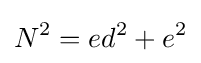
N^{2}=ed^{2}+e^{2}